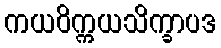
ကယဝိက္ကယသိက္ခာပဒ